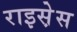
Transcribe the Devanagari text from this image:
राइस़ेस